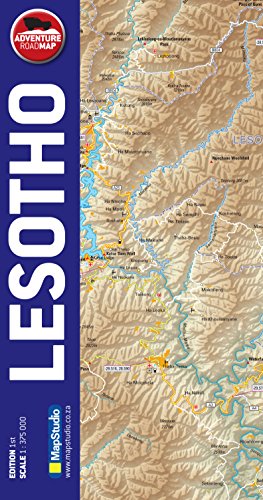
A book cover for Lesotho: MS.R52; Travel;